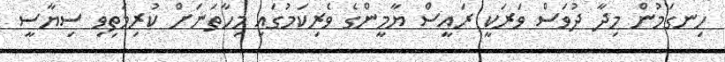
ހިނގަމުން މިދާ ދުވަސް ވަރަކީ ރައީސް ޔާމީންގެ ވެރިކަމުގައި މިހާތަނަށް ކުރިމަތިވި ސިޔާސީ